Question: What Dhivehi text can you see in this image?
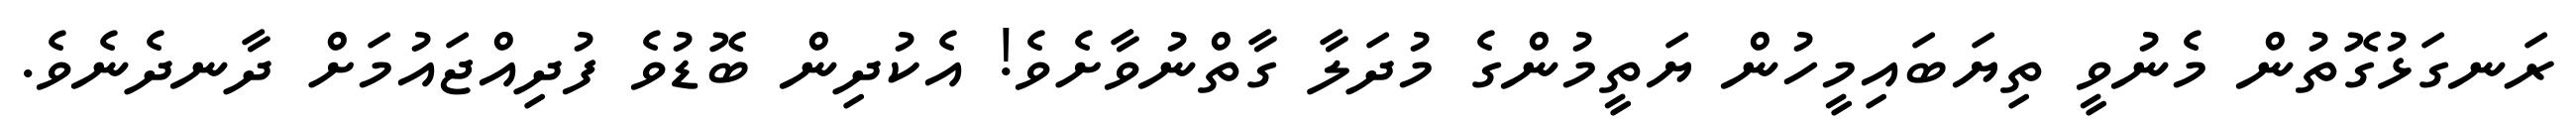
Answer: ރަނގަޅުގޮތުން މެނުވީ ތިޔަބައިމީހުން ޔަތީމުންގެ މުދަލާ ގާތްނުވާށެވެ! އެކުދިން ބޮޑުވެ ފުދިއްޖައުމަށް ދާނދެނެވެ.